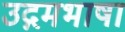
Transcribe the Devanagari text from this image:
उद्गमभाषा